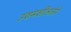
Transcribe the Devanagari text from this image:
उद्यमशीलतेने